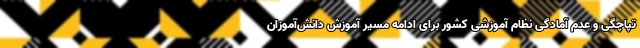
تپاچگی و عدم آمادگی نظام آموزشی کشور برای ادامه مسیر آموزش دانش‌آموزان